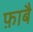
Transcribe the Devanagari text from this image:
फ़ाबै